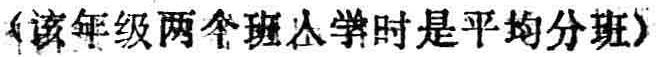
（该年级两个班入学时是平均分班）